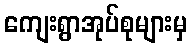
ကျေးရွာအုပ်စုများမှ